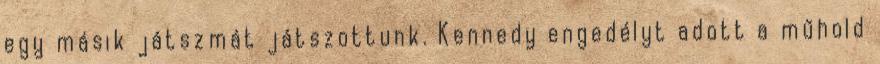
egy másik játszmát játszottunk. Kennedy engedélyt adott a műhold